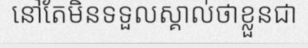
នៅតែមិនទទួលស្គាល់ថាខ្លួនជា